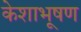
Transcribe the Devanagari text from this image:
केशाभूषण